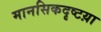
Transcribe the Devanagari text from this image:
मानसिकदृष्टय़ा